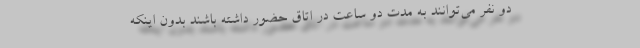
دو نفر می‌توانند به مدت دو ساعت در اتاق حضور داشته باشند بدون اینکه